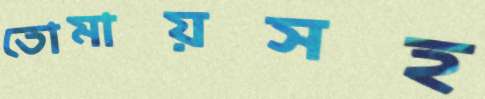
তোমায়সহ